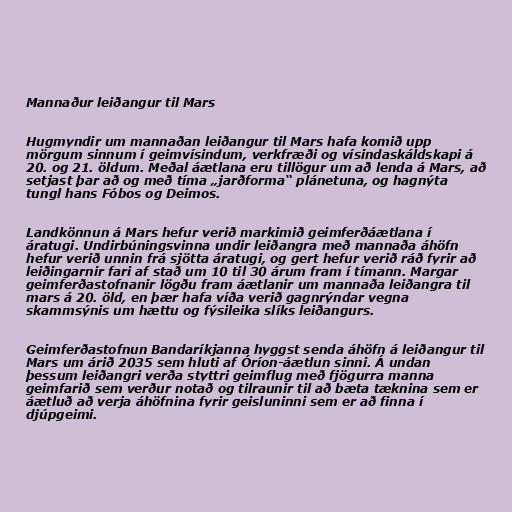
Mannaður leiðangur til Mars

Hugmyndir um mannaðan leiðangur til Mars hafa komið upp
mörgum sinnum í geimvísindum, verkfræði og vísindaskáldskapi á
20. og 21. öldum. Meðal áætlana eru tillögur um að lenda á Mars, að
setjast þar að og með tíma „jarðforma“ plánetuna, og hagnýta
tungl hans Fóbos og Deimos.

Landkönnun á Mars hefur verið markimið geimferðáætlana í
áratugi. Undirbúningsvinna undir leiðangra með mannaða áhöfn
hefur verið unnin frá sjötta áratugi, og gert hefur verið ráð fyrir að
leiðingarnir fari af stað um 10 til 30 árum fram í tímann. Margar
geimferðastofnanir lögðu fram áætlanir um mannaða leiðangra til
mars á 20. öld, en þær hafa víða verið gagnrýndar vegna
skammsýnis um hættu og fýsileika slíks leiðangurs.

Geimferðastofnun Bandaríkjanna hyggst senda áhöfn á leiðangur til
Mars um árið 2035 sem hluti af Óríon-áætlun sinni. Á undan
þessum leiðangri verða styttri geimflug með fjögurra manna
geimfarið sem verður notað og tilraunir til að bæta tæknina sem er
áætluð að verja áhöfnina fyrir geisluninni sem er að finna í
djúpgeimi.